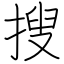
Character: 搜